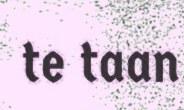
te taan